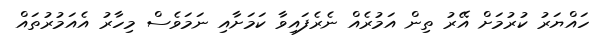
ހައްޔަރު ކުރުމަށް އޭރު ތިން އަމުރެއް ނެރެފައިވާ ކަަމަށާއި ނަމަވެސް މިހާރު އެއަމުރުތައް